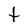
Character: t